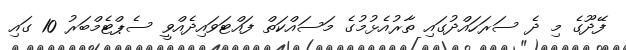
ފޭދޫގެ މި ދެ ސަރަހައްދުގައި ތާރުއެޅުމުގެ މަސައްކަތް ފައްޓަވައިދެއްވީ ސެޕްޓެމްބަރު 10 ގައި